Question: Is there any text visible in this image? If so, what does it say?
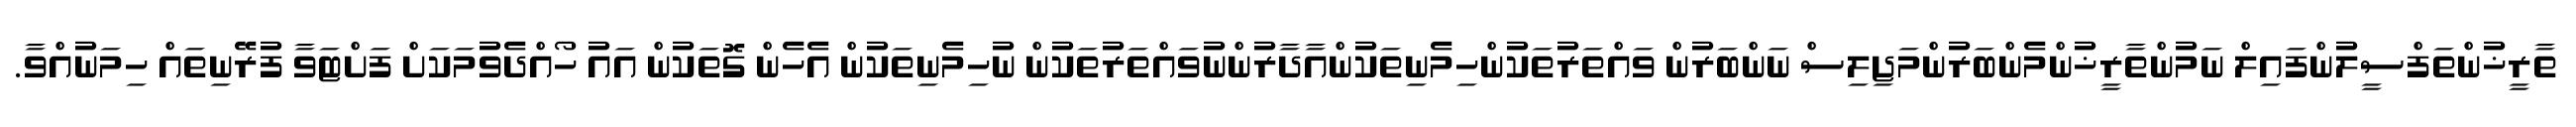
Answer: ތާރީޚުންތަފްސީލުންފައިލް ނަމުންތާރީޚުންމެންބަރުންމަޖިލިސް ނަންބަރުން ވައްތަރުތަކުންހިމެނިތަކުންއާދާރުންނުވައްތަރުތަކުން ނުހިމެނިތަކުން އެހެން ގޮތަކުން އައު ހޯއްދެވުމަކަށް ފަށްޓަވާ ފުރޭނިތައް ހިމަނުއްވާ.